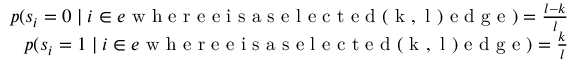
\begin{array} { r } { p ( s _ { i } = 0 \mid i \in e \mathrm { ~ w ~ h ~ e ~ r ~ e ~ e ~ i ~ s ~ a ~ s ~ e ~ l ~ e ~ c ~ t ~ e ~ d ~ ( ~ k ~ , ~ l ~ ) ~ e ~ d ~ g ~ e ~ } ) = \frac { l - k } { l } } \\ { p ( s _ { i } = 1 \mid i \in e \mathrm { ~ w ~ h ~ e ~ r ~ e ~ e ~ i ~ s ~ a ~ s ~ e ~ l ~ e ~ c ~ t ~ e ~ d ~ ( ~ k ~ , ~ l ~ ) ~ e ~ d ~ g ~ e ~ } ) = \frac { k } { l } } \end{array}